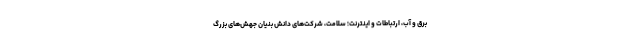
برق و آب، ارتباطات و اینترنت؛ سلامت، شرکت‌های دانش بنیان جهش‌های بزرگ